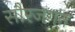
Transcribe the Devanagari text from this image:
सौरजगत